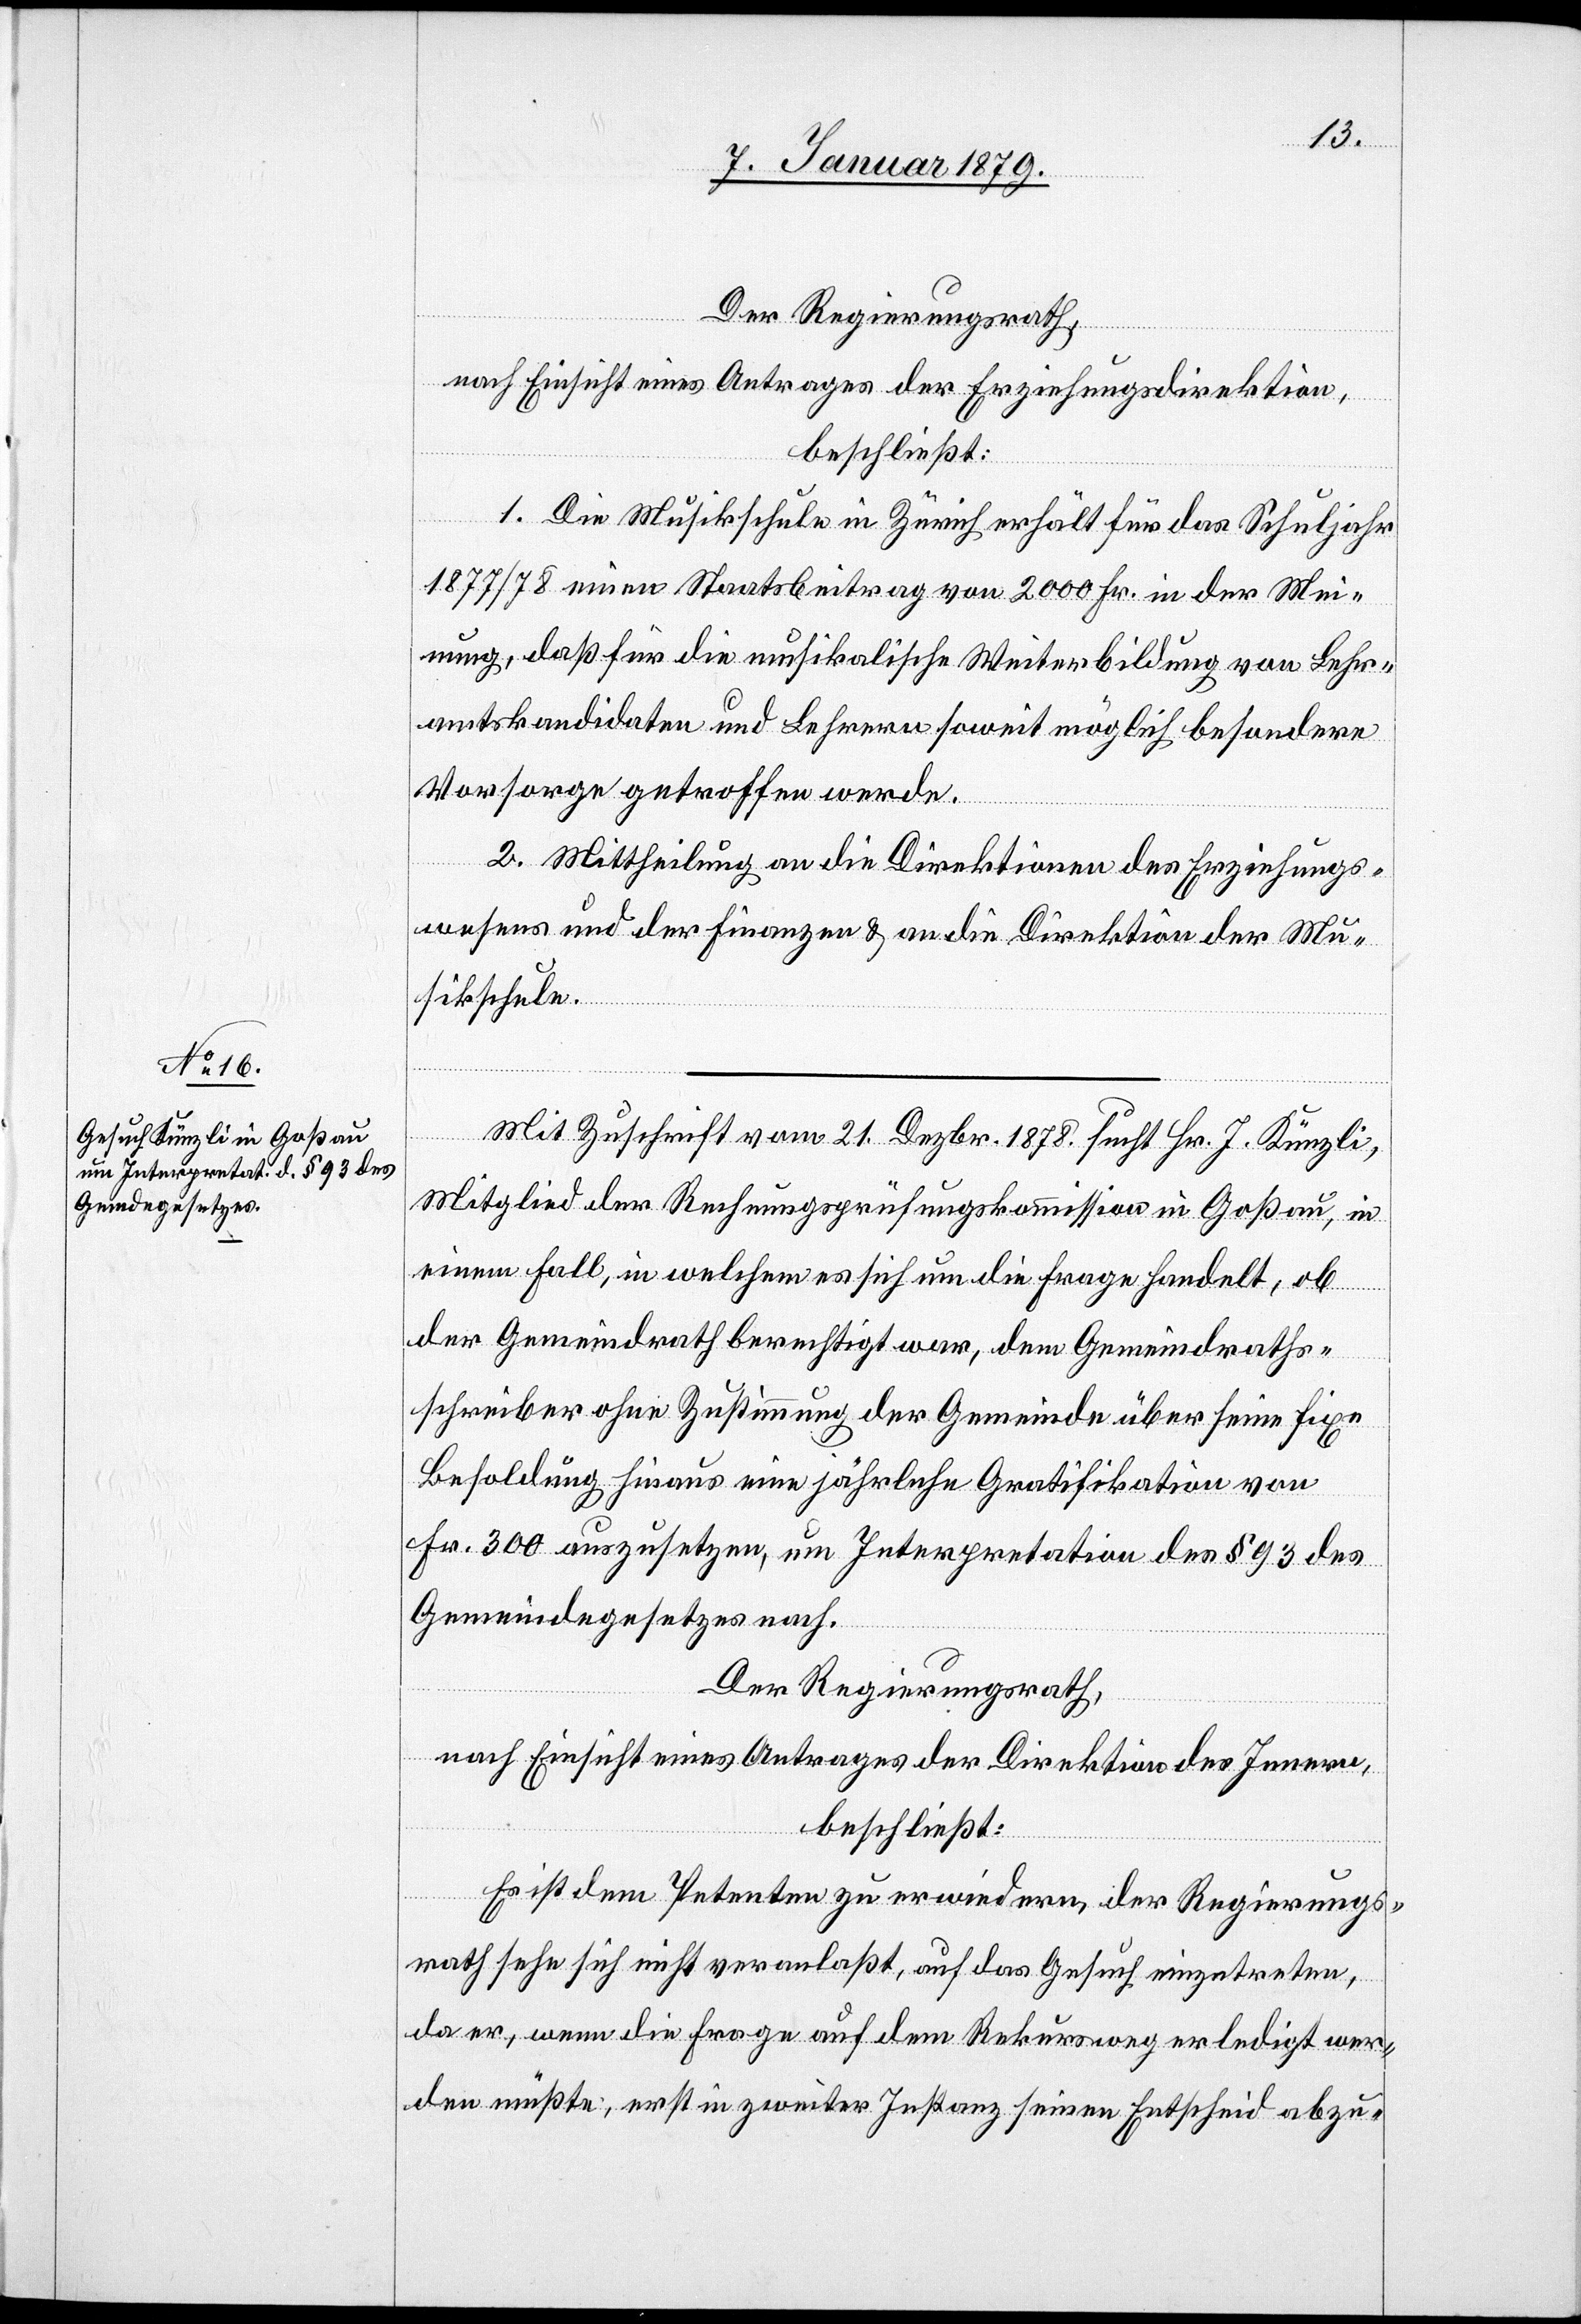
Der Regierungsrath,
nach Einsicht eines Antrages der Erziehungsdirektion,
beschließt:
1. Die Musikschule in Zürich erhält für das Schuljahr
1877/78 einen Staatsbeitrag von 2000 Fr. in der Mei¬
nung, daß für die musikalische Weiterbildung von Lehr¬
amtskandidaten und Lehrern soweit möglich besondere
Vorsorge getroffen werde.
2. Mittheilung an die Direktionen des Erziehungs¬
wesen und der Finanzen & an die Direktion der Mu¬
sikschule.
Mit Zuschrift vom 21. Dezbr. 1878 sucht Hr. J. Künzli,
Mitglied der Rechnungsprüfungskommssion in Goßau, in
einem Fall, in welchem es sich um die Frage handelt, ob
der Gemeindrath berechtigt war, dem Gemeindraths¬
schreiber ohne Zustimmung der Gemeinde über seine fixe
Besoldung hinaus eine jährliche Gratifikation von
Fr. 300 auszusetzen, um Interpretation des § 93 des
Gemeindegesetzes nach.
Der Regierungsrath,
nach Einsicht eines Antrages der Direktion des Innern,
beschließt:
Es ist dem Petenten zu erwiedern, der Regierungs¬
rath sehe sich nicht veranlaßt, auf das Gesuch eizutreten,
da er, wenn die Frage auf dem Rekursweg erledigt wer¬
den müßte, erst in zweiter Instanz seinen Entscheid abzu-